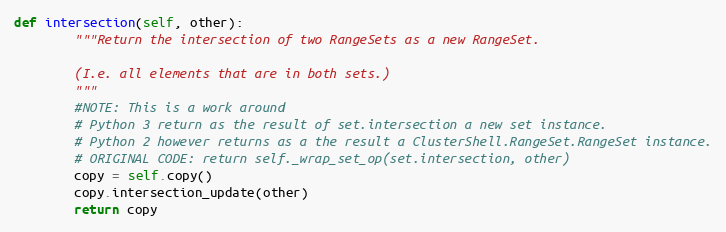
Language: Python
def intersection(self, other):
        """Return the intersection of two RangeSets as a new RangeSet.

        (I.e. all elements that are in both sets.)
        """
        #NOTE: This is a work around
        # Python 3 return as the result of set.intersection a new set instance.
        # Python 2 however returns as a the result a ClusterShell.RangeSet.RangeSet instance.
        # ORIGINAL CODE: return self._wrap_set_op(set.intersection, other)
        copy = self.copy()
        copy.intersection_update(other)
        return copy